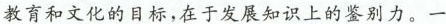
教育和文化的目标，在于发展知识上的见别人，一